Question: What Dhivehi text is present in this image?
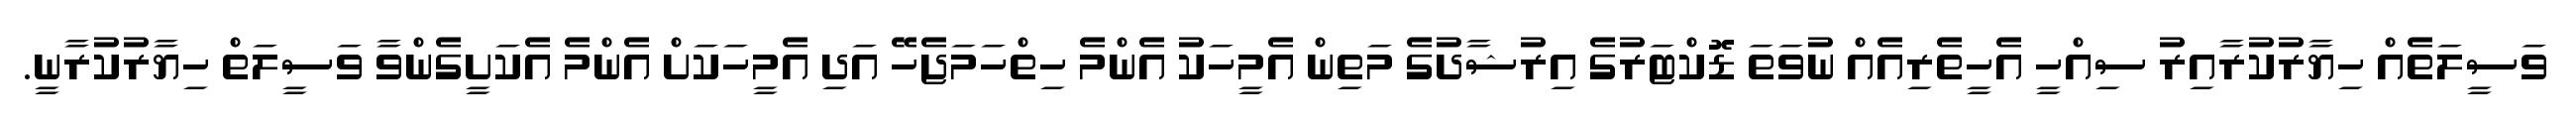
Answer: ވަސީލަތެއް ހިޔާރުކުރާއިރު ސިއްހީ އެހީތެރިއެއް ނުވަތަ ޑޮކްޓަރުގެ އިރުޝާދުގެ މަތިން އެމީހަކު އެންމެ ހިތްހަމަޖެހޭ އަދި އެމީހަކަށް އެންމެ އެކަށީގެންވާ ވަސީލަތް ހިޔާރުކުރާނީ.